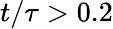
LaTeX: t/\tau>0.2